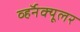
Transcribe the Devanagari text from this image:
व्हर्नॅक्यूलर